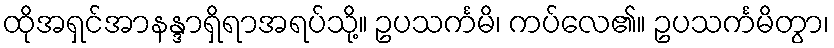
ထိုအရှင်အာနန္ဒာရှိရာအရပ်သို့။ ဥပသင်္ကမိ၊ ကပ်လေ၏။ ဥပသင်္ကမိတွာ၊